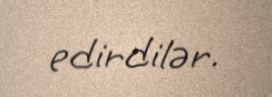
edirdilər.